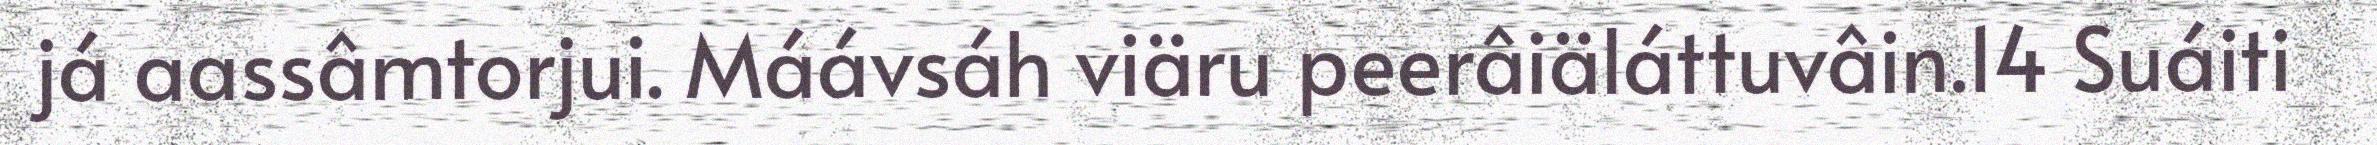
já aassâmtorjui. Máávsáh viäru peerâiäláttuvâin.14 Suáiti